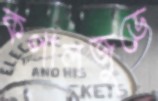
কপালজুড়ে